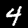
Label: 4